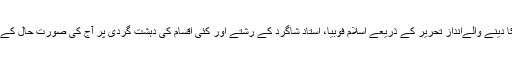
الف شفق نے اپنے خوبصورت اور چونکا دینے والےانداز تحریر کے ذریعے اسلام فوبیا، استاد شاگرد کے رشتے اور کئی اقسام کی دہشت گردی پر آج کی صورت حال کے پیش نظر، کھل کر اظہار خیال کیا ہے۔